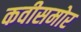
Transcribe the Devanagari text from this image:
कवीसमोर